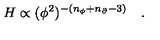
H \propto ( \phi ^ { 2 } ) ^ { - ( n _ { \phi } + n _ { \partial } - 3 ) } \quad .